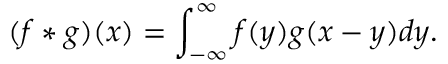
( f * g ) ( x ) = \int _ { - \infty } ^ { \infty } f ( y ) g ( x - y ) d y .